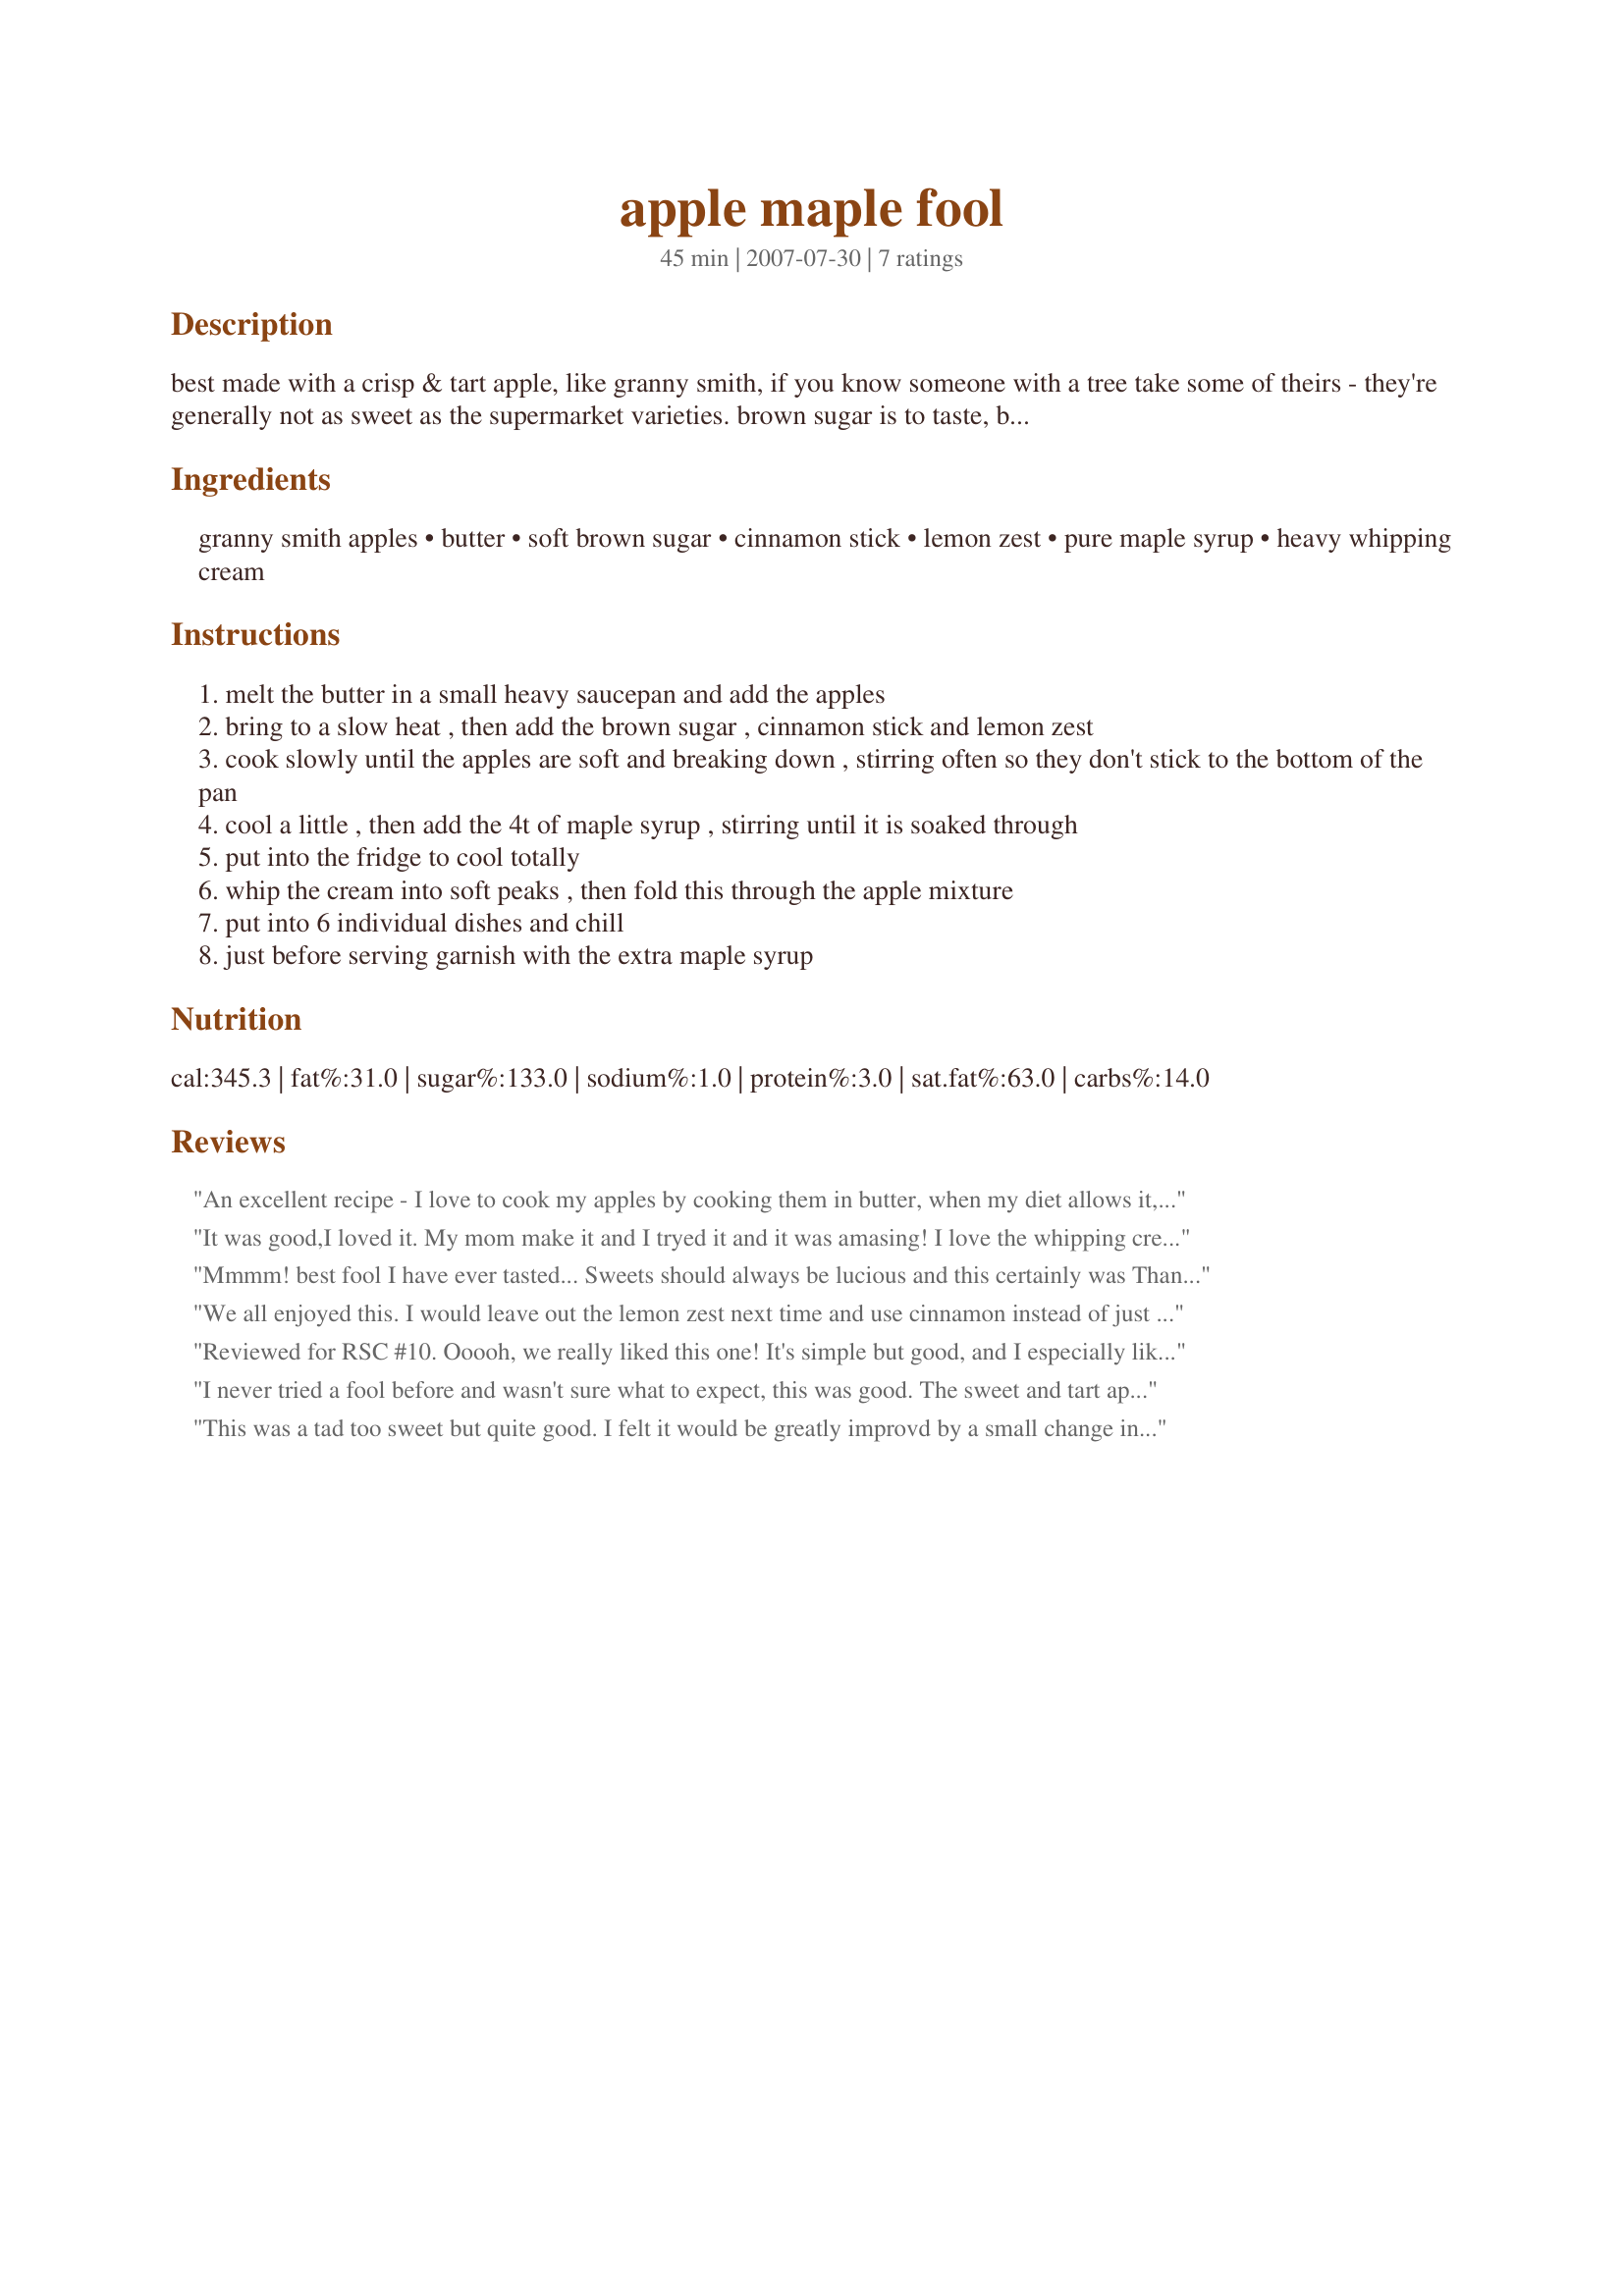
apple maple fool
Preparation time: 45 minutes

best made with a crisp & tart apple, like granny smith, if you know someone with a tree take some of theirs - they're generally not as sweet as the supermarket varieties. brown sugar is to taste, but the maple syrup will make it sweeter. cook time doesn't include chilling time.

Ingredients:
granny smith apples, butter, soft brown sugar, cinnamon stick, lemon zest, pure maple syrup, heavy whipping cream

Steps:
melt the butter in a small heavy saucepan and add the apples
bring to a slow heat , then add the brown sugar , cinnamon stick and lemon zest
cook slowly until the apples are soft and breaking down , stirring often so they don't stick to the bottom of the pan
cool a little , then add the 4t of maple syrup , stirring until it is soaked through
put into the fridge to cool totally
whip the cream into soft peaks , then fold this through the apple mixture
put into 6 individual dishes and chill
just before serving garnish with the extra maple syrup

Reviews:
An excellent recipe - I love to cook my apples by cooking them in butter, when my diet allows it, and these did not disappoint! Everything worked extremely well and we enjoyed this as a light dessert after another RSC10 entry one lazy lunch time! I used my own tart apples from the tree in the garden - I think this recipe NEEDS tart apples, which of course Granny Smith apples are. We all LOVED the addition of the lemon zest along with the maple syrup, it was excellent! Made for RSC10, but, I have this on my menu to make many times again! Thanks and Good Luck in the contest!
It was good,I loved it. My mom make it and I tryed it and it was amasing! I love the whipping cream and the apples the best!!!!
Mmmm! best fool I have ever tasted... Sweets should always be lucious and this certainly was Thank you for a simple way to serve fresh fruit in season. #295616
We all enjoyed this. I would leave out the lemon zest next time and use cinnamon instead of just a stick for a more pronounced flavour and then it I think it would be perfect! Good luck!
Reviewed for RSC #10. Ooooh, we really liked this one! It's simple but good, and I especially liked the fact that the cook instructed that the apple slices be sauteed in butter -- exactly what that legendary cook Elizabeth David prescribed (instead of cooking them in water). It's really great for the flavour. I used Granny Smiths, and followed the recipe exactly. As we were only two at dinner, the leftovers were gratefully covered and refrigerated by DH -- it will be scoffed in due time!

Next time I'd consider poking in a plain, crisp ginger cookie next to the spoon of maple syrup on top, as the softness of the fool needed a counterpoint, a crunch, and a gingery taste sounds like a good idea. Thanks, Chef! Good luck!
I never tried a fool before and wasn't sure what to expect, this was good. The sweet and tart apples were tender, flavorful and nicely spiced. The fool was light and creamy. A very tasty treat, which I will make again. Good and interesting use of the contest ingredients. Good luck in the contest.
This was a tad too sweet but quite good. I felt it would be greatly improvd by a small change in the procedure. If you add the sugar, cinnamon stick and lemon zest to the butter and let a caramel form and THEN add the apples, there are, I think, two improvements--first, you get more of the effect of the cinnamon stick and second, the apples are crisper.
